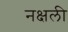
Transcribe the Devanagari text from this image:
नक्षली